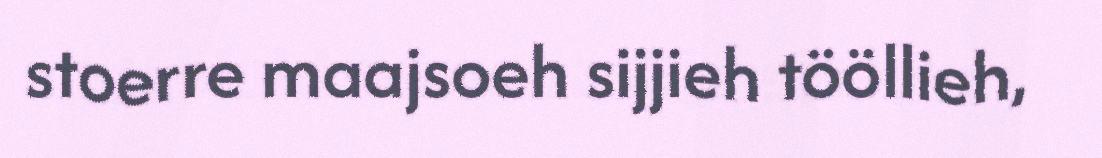
stoerre maajsoeh sijjieh tööllieh,